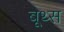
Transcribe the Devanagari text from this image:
बूथ्स